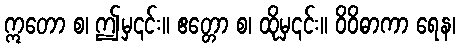
ဣတော စ၊ ဤမှ၎င်း။ ဧတ္တော စ၊ ထိုမှ၎င်း။ ဝိဝိဓာကာ ရေန၊